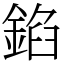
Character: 錎